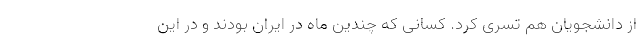
از دانشجویان هم تسری کرد. کسانی که چندین ماه در ایران بودند و در این